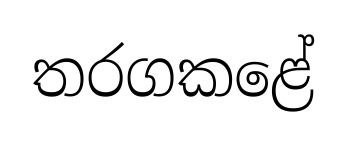
තරගකළේ